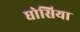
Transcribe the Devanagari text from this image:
घोसिया